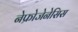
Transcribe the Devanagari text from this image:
नेफ्रोजेनेसिस